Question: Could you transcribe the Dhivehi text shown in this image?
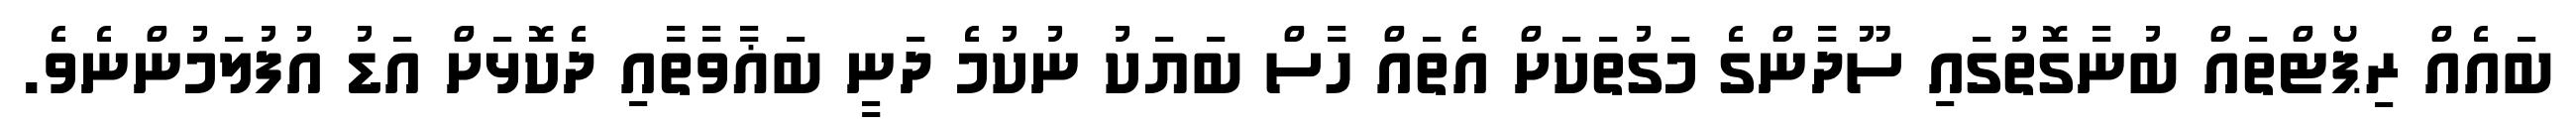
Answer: ބައެއް ރިޕޯޓްތައް ބުނާގޮތުގައި ސޫދާންގެ މަގުތަކަށް އެތައް ހާސް ބަޔަކު ނުކުމެ ދަނީ ބަޣާވާތާއި ދެކޮޅަށް އަޑު އުފުލަމުންނެވެ.